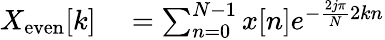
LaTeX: \begin{array}{rl}{X_{\mathrm{even}}[k]}&{{}=\sum_{n=0}^{N-1}x[n]e^{-{\frac{2j\pi}{N}}2kn}}\end{array}